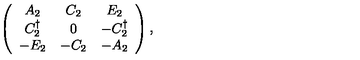
\left( \begin{array} { c c c } { A _ { 2 } } & { C _ { 2 } } & { E _ { 2 } } \\ { C _ { 2 } ^ { \dagger } } & { 0 } & { - C _ { 2 } ^ { \dagger } } \\ { - E _ { 2 } } & { - C _ { 2 } } & { - A _ { 2 } } \\ \end{array} \right) ,